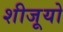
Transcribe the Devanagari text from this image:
शीजूयो